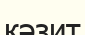
кәзит